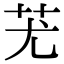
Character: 𦬓